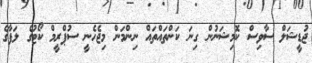
ޖުޑީޝަލް ސާވިސް ކޮމިޝަނުން ގިނަ ކަންތައްތައް ނިންމަން މިޖެހެނީ ސުޕްރީމް ކޯޓުގެ ލަފާގެ